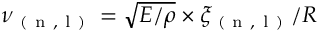
\nu _ { \mathrm { ~ ( ~ n ~ , ~ l ~ ) ~ } } = \sqrt { E / \rho } \times \xi _ { \mathrm { ~ ( ~ n ~ , ~ l ~ ) ~ } } / R